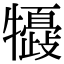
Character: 𤛽